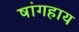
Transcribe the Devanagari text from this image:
षांगहाय